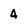
Character: 4